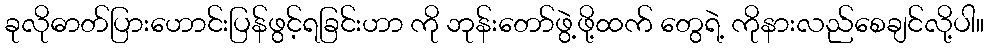
ခုလိုဓာတ်ပြားဟောင်းပြန်ဖွင့်ရခြင်းဟာ ကို ဘုန်းတော်ဖွဲ့ဖို့ထက် တွေရဲ့ ကိုနားလည်စေချင်လို့ပါ။